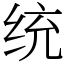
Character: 统